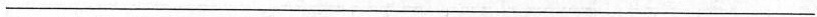
___